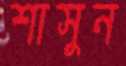
শাসুন